Punjab Mental Hospital Lahore 1932-46 - 1932-1946
Year: 1932
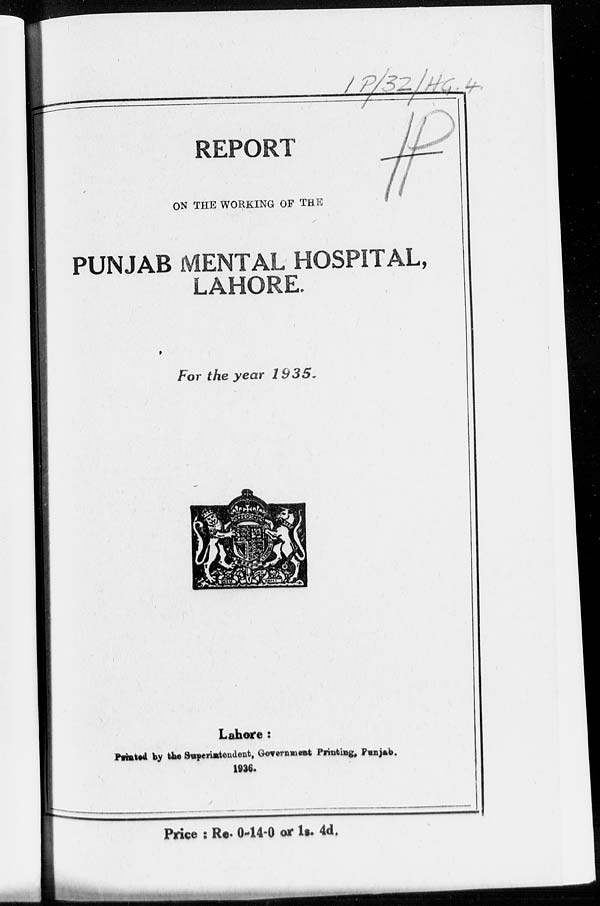
REPORT
ON THE WORKING OF THE
PUNJAB MENTAL HOSPITAL,
LAHORE.
For the year
1935.
Lahore :
Printed by the Suprintendent, Government Printing, Punjab.
1936.
Price : Re. 0-14-0 or 1s. 4d.